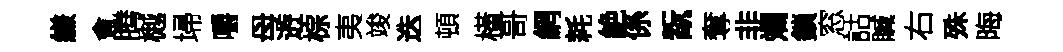
縑㑹腾樾埽嚼母逰棕夷竣迭頓橫哥網耗絶係翫奪非斕鎖窓詁贓右殊晦